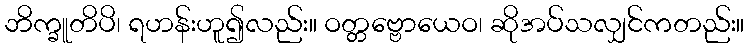
ဘိက္ခူတိပိ၊ ရဟန်းဟူ၍လည်း။ ဝတ္တဗ္ဗောယေဝ၊ ဆိုအပ်သလျှင်ကတည်း။